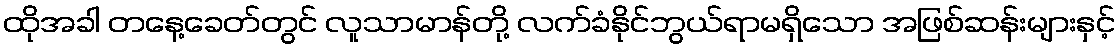
ထိုအခါ တနေ့ခေတ်တွင် လူသာမာန်တို့ လက်ခံနိုင်ဘွယ်ရာမရှိသော အဖြစ်ဆန်းများနှင့်